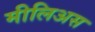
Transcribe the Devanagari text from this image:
मीलिअस